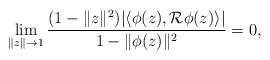
\begin{align*} \lim_{\|z\|\to 1}\frac{(1- \|z\|^2) |\langle \phi(z), {\mathcal R\phi(z)}\rangle|}{1- \|\phi(z)\|^2}=0,\end{align*}